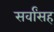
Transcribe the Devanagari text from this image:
सर्वांसह